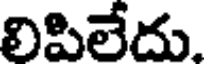
లిపిలేదు.